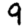
Digit: 9